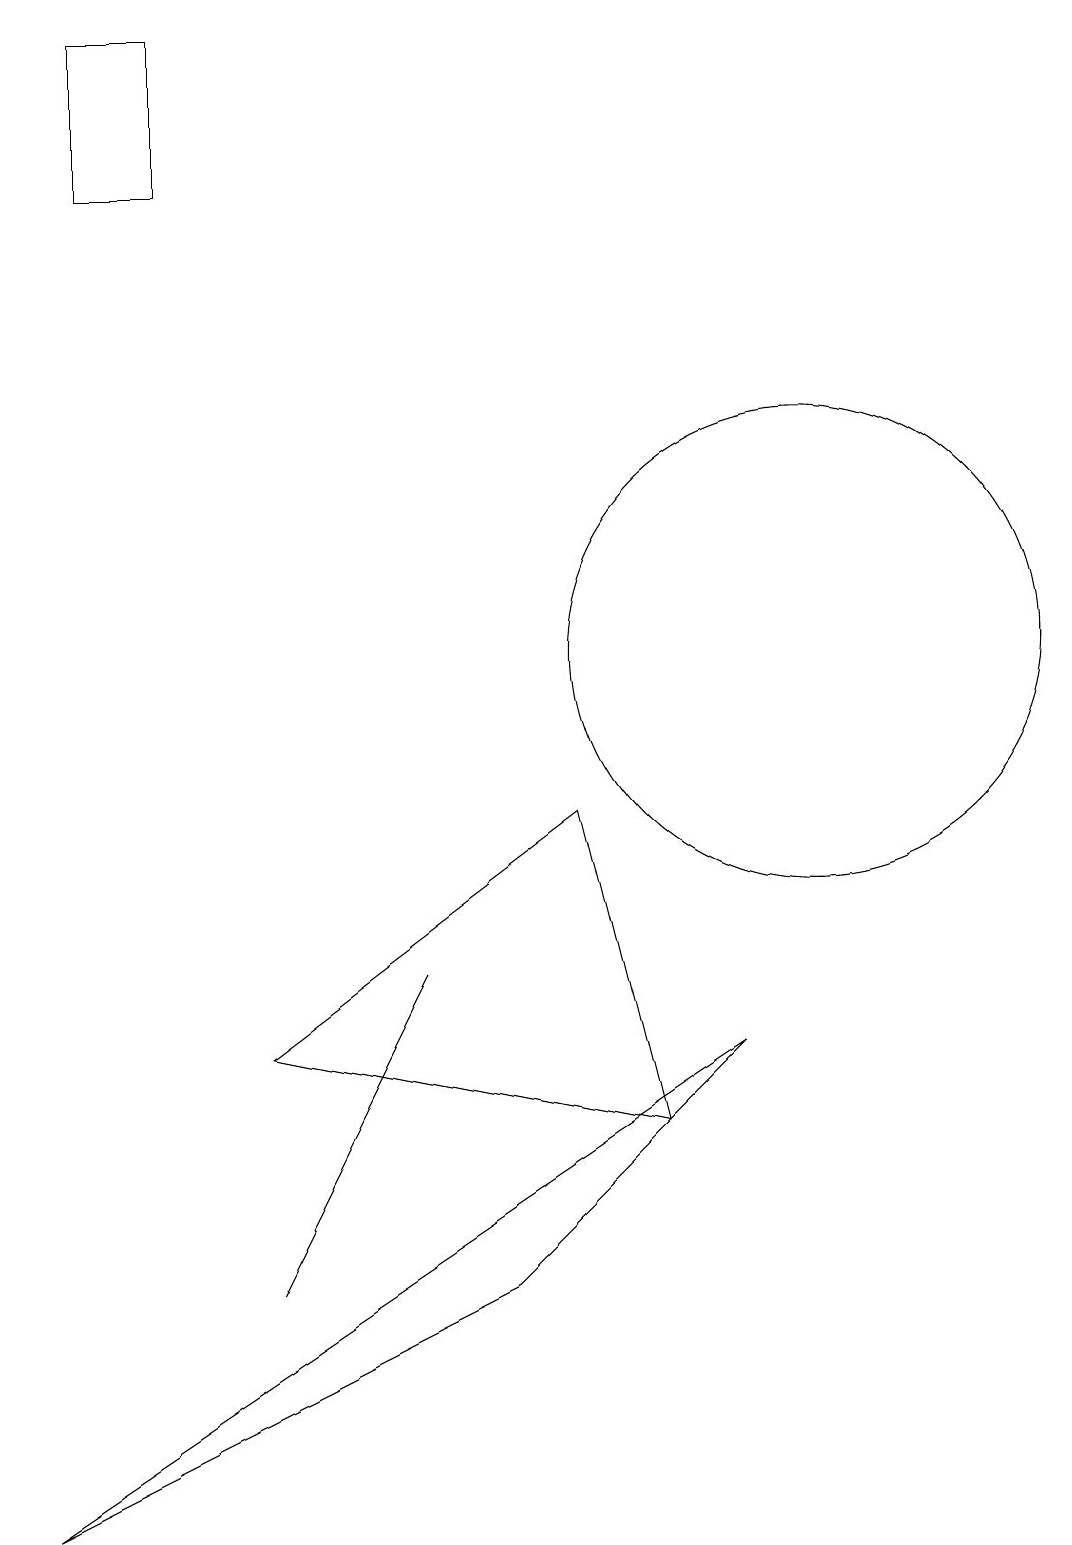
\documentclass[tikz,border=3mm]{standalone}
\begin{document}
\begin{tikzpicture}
\draw (5,7) -- (4,5) -- (3,3) -- cycle;
\draw (2,17) rectangle (1,19);
\draw (10,11) circle (3);
\draw (8,5) -- (7,9) -- (3,6) -- cycle;
\draw (9,6) -- (6,3) -- (0,0) -- cycle;
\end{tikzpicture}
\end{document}